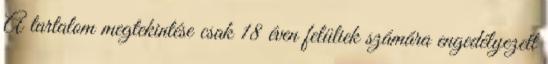
A tartalom megtekintése csak 18 éven felüliek számára engedélyezett